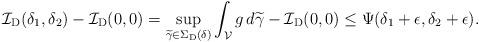
LaTeX: \begin{align*}\mathcal{I}_{\mathrm{D} }(\delta_1, \delta_2)- \mathcal{I}_{\mathrm{D} }(0,0) = \sup_{\widetilde{\gamma} \in \Sigma_{\mathrm{D} }(\delta)} \int_{\mathcal{V} } g \, d \widetilde{\gamma} - \mathcal{I}_{\mathrm{D} }(0,0) \leq \Psi( \delta_1 + \epsilon , \delta_2 + \epsilon). \end{align*}